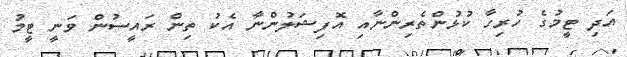
އަދި ޓީމުގެ ހުރިހާ ކުޅުންތެރިންނާއި އޮފިޝަލުންނާ އެކު ތިން ރައީސުން ވަނީ ޓީމު